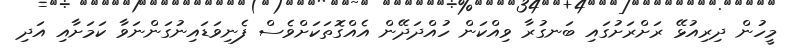
މީހުން ދިރިއުޅޭ ރަށްރަށުގައި ބަނގުރާ ވިއްކަން ހުއްދަދޭން އެއްގޮތަކަށްވެސް ފެނިވަޑައިނުގަންނަވާ ކަމަށާއި އަދި